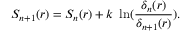
S _ { n + 1 } ( r ) = S _ { n } ( r ) + k \ \ln ( { \frac { \delta _ { n } ( r ) } { \delta _ { n + 1 } ( r ) } } ) .